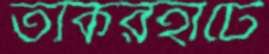
তকিরহাটে